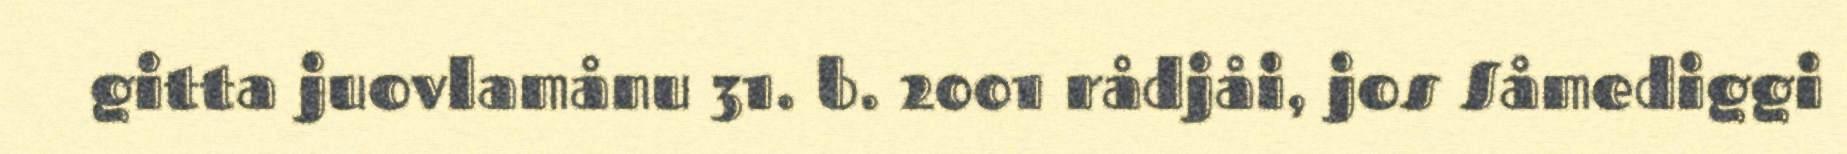
gitta juovlamånu 31. b. 2001 rådjåi, jos Såmediggi